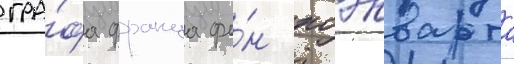
гра́фа франца фо́н хоэнварта